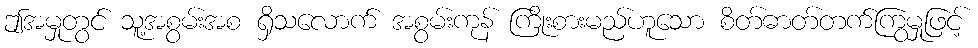
ဤအမှုတွင် သူ့အစွမ်းအစ ရှိသလောက် အစွမ်းကုန် ကြိုးစားမည်ဟူသော စိတ်ဓာတ်တက်ကြွမှုဖြင့်